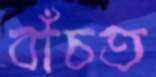
বাঁচত